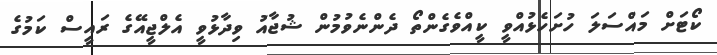
ކޯޓަށް މައްސަލަ ހުށަހެޅުއްވީ ކީއްވެގެންތޯ ދެންނެވުމުން ޝުޖާއު ވިދާޅުވީ އެލްޖީއޭގެ ރައީސް ކަމުގެ